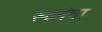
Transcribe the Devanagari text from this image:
रुळांचा